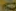
0